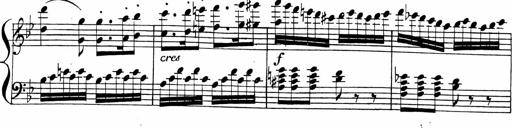
Title: 2 Piano Sonatinas
Composer: Ferdinand Ries